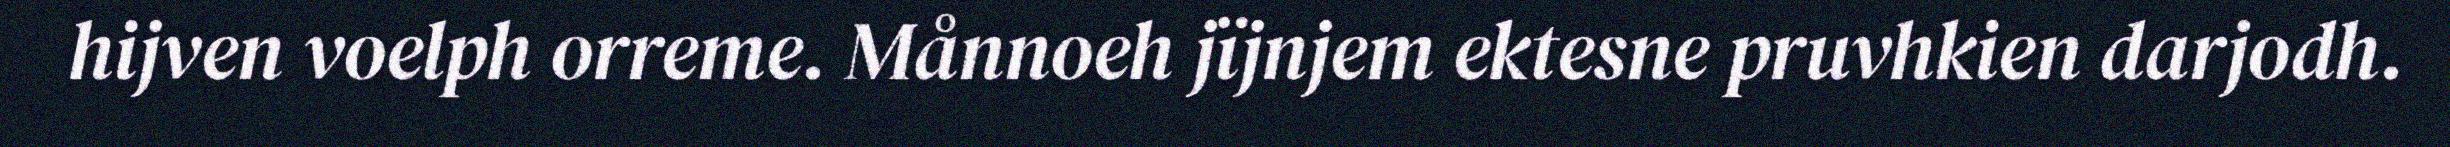
hijven voelph orreme. Månnoeh jïjnjem ektesne pruvhkien darjodh.